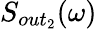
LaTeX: S_{out_{2}}(\omega)